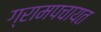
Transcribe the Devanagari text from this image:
ग्रामपचायत